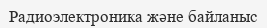
Радиоэлектроника және байланыс